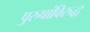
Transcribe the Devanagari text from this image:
पुरुषांविरुद्ध